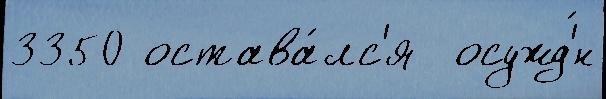
3350 остава́лс'я  осужд'́н